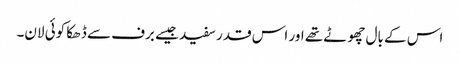
اس کے بال چھوٹے تھے اور اس قدر سفید جیسے برف سے ڈھکا کوئی لان۔